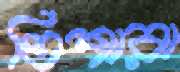
তিশারা